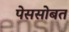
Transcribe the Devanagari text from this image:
पेससोबत